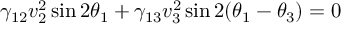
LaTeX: \gamma _ { 1 2 } v _ { 2 } ^ { 2 } \sin 2 \theta _ { 1 } + \gamma _ { 1 3 } v _ { 3 } ^ { 2 } \sin 2 ( \theta _ { 1 } - \theta _ { 3 } ) = 0